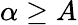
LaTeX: \alpha\ge A